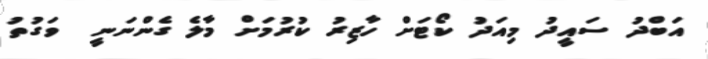
އަބްދު ސައީދު މިއަދު ކޯޓަށް ހާޒިރު ކުރުމަށް މާލެ ގެންނަނީ  ވަގުތު